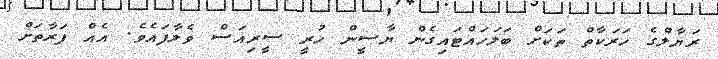
ރަޔާލްގެ ހަރަކާތް ތަކަށް ބަލަހައްޓައިގެން ޔާސީން ހުރީ ސީރިއަސް ވެލާފައެވެ. އެއް ފަރާތަށް